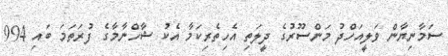
ސަމާނިޔާން ވަލީއަހްދު މަންސޫރުގެ ދީލަތި އެހިތެރިކަމާ އެކު ޝާހްނާމާގެ ފުރަތަމަ ބައި 994